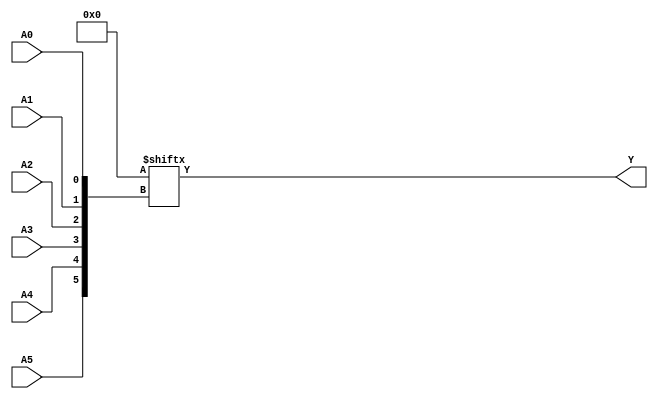
module kmap_6var (
    input wire A5, A4, A3, A2, A1, A0,  // Six input variables
    output wire Y                       // Output of the K-map logic
);

// K-map implementation
// The K-map is represented as a truth table with 64 entries (2^6)
wire [63:0] kmap;

// Populate the K-map with the corresponding output values for each combination
assign kmap[0]  = 1'b0; // A5 A4 A3 A2 A1 A0 = 000000
assign kmap[1]  = 1'b0; // 000001
assign kmap[2]  = 1'b0; // 000010
assign kmap[3]  = 1'b0; // 000011
assign kmap[4]  = 1'b0; // 000100
assign kmap[5]  = 1'b0; // 000101
assign kmap[6]  = 1'b0; // 000110
assign kmap[7]  = 1'b0; // 000111
assign kmap[8]  = 1'b0; // 001000
assign kmap[9]  = 1'b0; // 001001
assign kmap[10] = 1'b0; // 001010
assign kmap[11] = 1'b0; // 001011
assign kmap[12] = 1'b0; // 001100
assign kmap[13] = 1'b0; // 001101
assign kmap[14] = 1'b0; // 001110
assign kmap[15] = 1'b0; // 001111
assign kmap[16] = 1'b0; // 010000
assign kmap[17] = 1'b0; // 010001
assign kmap[18] = 1'b0; // 010010
assign kmap[19] = 1'b0; // 010011
assign kmap[20] = 1'b0; // 010100
assign kmap[21] = 1'b0; // 010101
assign kmap[22] = 1'b0; // 010110
assign kmap[23] = 1'b0; // 010111
assign kmap[24] = 1'b0; // 011000
assign kmap[25] = 1'b0; // 011001
assign kmap[26] = 1'b0; // 011010
assign kmap[27] = 1'b0; // 011011
assign kmap[28] = 1'b0; // 011100
assign kmap[29] = 1'b0; // 011101
assign kmap[30] = 1'b0; // 011110
assign kmap[31] = 1'b0; // 011111
assign kmap[32] = 1'b0; // 100000
assign kmap[33] = 1'b0; // 100001
assign kmap[34] = 1'b0; // 100010
assign kmap[35] = 1'b0; // 100011
assign kmap[36] = 1'b0; // 100100
assign kmap[37] = 1'b0; // 100101
assign kmap[38] = 1'b0; // 100110
assign kmap[39] = 1'b0; // 100111
assign kmap[40] = 1'b0; // 101000
assign kmap[41] = 1'b0; // 101001
assign kmap[42] = 1'b0; // 101010
assign kmap[43] = 1'b0; // 101011
assign kmap[44] = 1'b0; // 101100
assign kmap[45] = 1'b0; // 101101
assign kmap[46] = 1'b0; // 101110
assign kmap[47] = 1'b0; // 101111
assign kmap[48] = 1'b0; // 110000
assign kmap[49] = 1'b0; // 110001
assign kmap[50] = 1'b0; // 110010
assign kmap[51] = 1'b0; // 110011
assign kmap[52] = 1'b0; // 110100
assign kmap[53] = 1'b0; // 110101
assign kmap[54] = 1'b0; // 110110
assign kmap[55] = 1'b0; // 110111
assign kmap[56] = 1'b0; // 111000
assign kmap[57] = 1'b0; // 111001
assign kmap[58] = 1'b0; // 111010
assign kmap[59] = 1'b0; // 111011
assign kmap[60] = 1'b0; // 111100
assign kmap[61] = 1'b0; // 111101
assign kmap[62] = 1'b0; // 111110
assign kmap[63] = 1'b0; // 111111

// Calculate the output Y based on the K-map
assign Y = kmap[{A5, A4, A3, A2, A1, A0}]; // Concatenate inputs to index K-map

endmodule